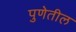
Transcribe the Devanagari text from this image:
पुणेतील